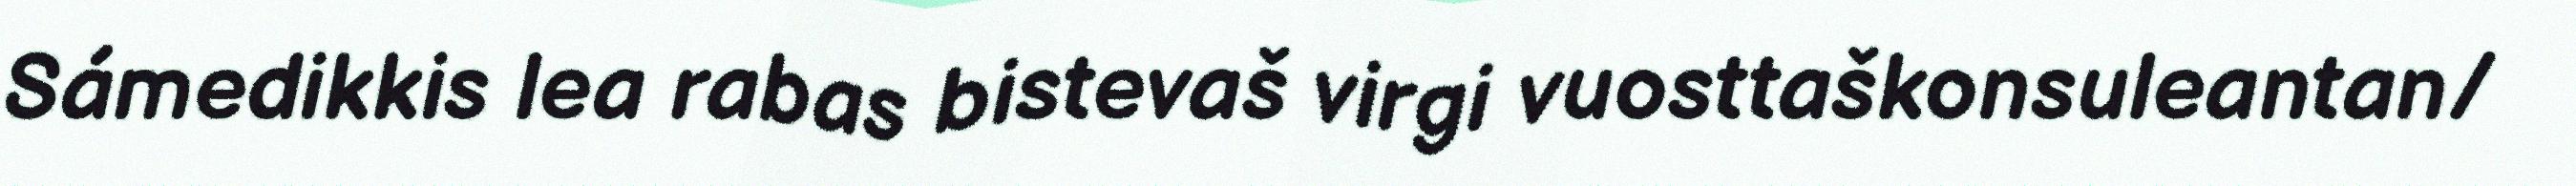
Sámedikkis lea rabas bistevaš virgi vuosttaškonsuleantan/